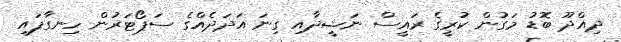
ދިއްދޫ ބޮޑު މަގުން ކުރީގެ ރައީސް ނަޝީދާއި ގިނަ އަދަދެއްގެ ސަޕޯޓަރުން ހިނގާފައި